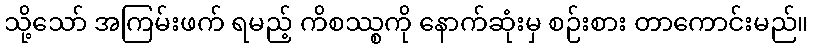
သို့သော် အကြမ်းဖက် ရမည့် ကိစဿ္စကို နောက်ဆုံးမှ စဉ်းစား တာကောင်းမည်။